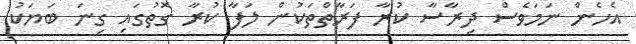
އެހެން ނަމަވެސް ދިރާސާ ކުރާ ފަރާތްތަކުން ލަފާ ކުރާ ގޮތުގައި ގިނަ ބަޔަކު